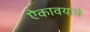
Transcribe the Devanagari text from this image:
ऐकावयाचे